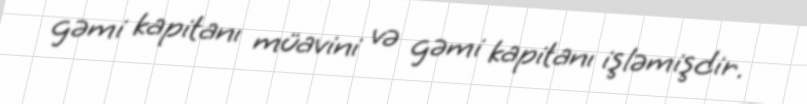
gəmi kapitanı müavini və gəmi kapitanı işləmişdir.